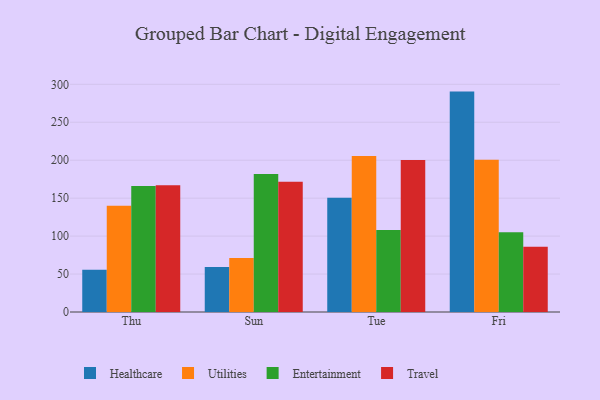
{"axis": {"x": "Day", "y": "Temperature (°C)"}, "legend": ["Entertainment", "Healthcare", "Travel", "Utilities"], "data": [{"x": "Thu", "y": 55.7, "type": "Healthcare"}, {"x": "Thu", "y": 140.1, "type": "Utilities"}, {"x": "Thu", "y": 165.9, "type": "Entertainment"}, {"x": "Thu", "y": 167.1, "type": "Travel"}, {"x": "Sun", "y": 59.3, "type": "Healthcare"}, {"x": "Sun", "y": 71.2, "type": "Utilities"}, {"x": "Sun", "y": 181.9, "type": "Entertainment"}, {"x": "Sun", "y": 171.7, "type": "Travel"}, {"x": "Tue", "y": 150.4, "type": "Healthcare"}, {"x": "Tue", "y": 205.7, "type": "Utilities"}, {"x": "Tue", "y": 108.1, "type": "Entertainment"}, {"x": "Tue", "y": 200.3, "type": "Travel"}, {"x": "Fri", "y": 290.4, "type": "Healthcare"}, {"x": "Fri", "y": 200.6, "type": "Utilities"}, {"x": "Fri", "y": 105.2, "type": "Entertainment"}, {"x": "Fri", "y": 86.0, "type": "Travel"}]}